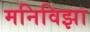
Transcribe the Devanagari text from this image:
मनिविझा